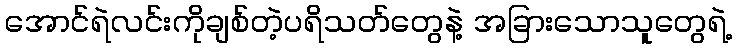
အောင်ရဲလင်းကိုချစ်တဲ့ပရိသတ်တွေနဲ့ အခြားသောသူတွေရဲ့